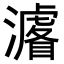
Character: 𭳁